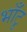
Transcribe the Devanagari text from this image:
भाँटू